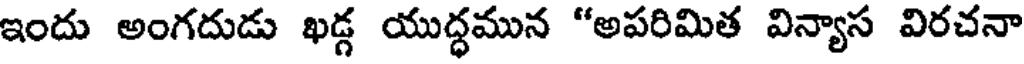
ఇందు అంగదుడు ఖడ్గ యుద్ధమున "అపరిమిత విన్యాస విరచనా